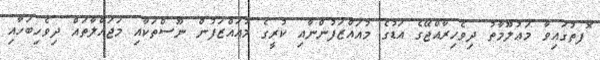
ޮފތުގައިވާ މަޢުލޫމާތު ދިވެހިރާއްޖޭގެ އަޑުގެ މުއައްޒަފުންނާއި ކުރީގެ މުއައްޒަފުން ނޫސްތަކާއި މަޖައްލާތައް ދިވެހިބަހާއި